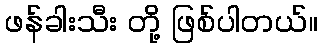
ဖန်ခါးသီး တို့ ဖြစ်ပါတယ်။